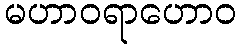
မဟာဝရာဟောဝ